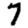
Digit: 7